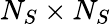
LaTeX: N_{S}\times N_{S}